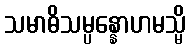
သမာဓိသမ္ပန္နောဟမသ္မိ